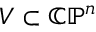
V \subset \mathbb { C P } ^ { n }